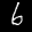
Label: 6